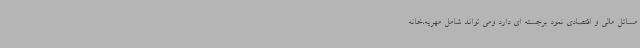
مسائل مالی و اقتصادی نمود برجسته ای دارد ومی تواند شامل مهریه،خانه